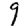
Digit: 9